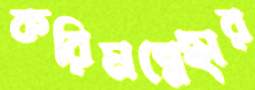
করিমন্নেছার